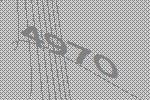
4970